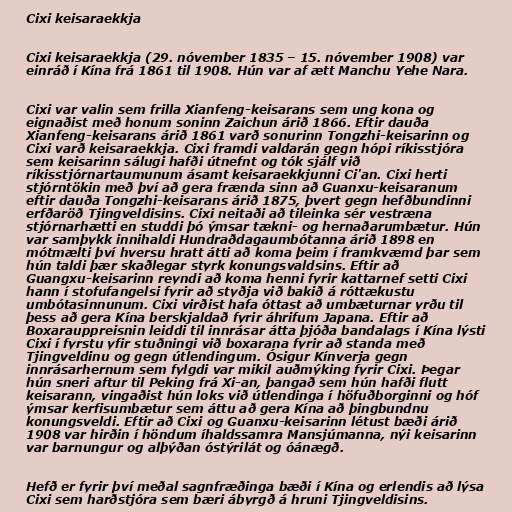
Cixi keisaraekkja

Cixi keisaraekkja (29. nóvember 1835 – 15. nóvember 1908) var
einráð í Kína frá 1861 til 1908. Hún var af ætt Manchu Yehe Nara.

Cixi var valin sem frilla Xianfeng-keisarans sem ung kona og
eignaðist með honum soninn Zaichun árið 1866. Eftir dauða
Xianfeng-keisarans árið 1861 varð sonurinn Tongzhi-keisarinn og
Cixi varð keisaraekkja. Cixi framdi valdarán gegn hópi ríkisstjóra
sem keisarinn sálugi hafði útnefnt og tók sjálf við
ríkisstjórnartaumunum ásamt keisaraekkjunni Ci'an. Cixi herti
stjórntökin með því að gera frænda sinn að Guanxu-keisaranum
eftir dauða Tongzhi-keisarans árið 1875, þvert gegn hefðbundinni
erfðaröð Tjingveldisins. Cixi neitaði að tileinka sér vestræna
stjórnarhætti en studdi þó ýmsar tækni- og hernaðarumbætur. Hún
var samþykk innihaldi Hundraðdagaumbótanna árið 1898 en
mótmælti því hversu hratt átti að koma þeim í framkvæmd þar sem
hún taldi þær skaðlegar styrk konungsvaldsins. Eftir að
Guangxu-keisarinn reyndi að koma henni fyrir kattarnef setti Cixi
hann í stofufangelsi fyrir að styðja við bakið á róttækustu
umbótasinnunum. Cixi virðist hafa óttast að umbæturnar yrðu til
þess að gera Kína berskjaldað fyrir áhrifum Japana. Eftir að
Boxarauppreisnin leiddi til innrásar átta þjóða bandalags í Kína lýsti
Cixi í fyrstu yfir stuðningi við boxarana fyrir að standa með
Tjingveldinu og gegn útlendingum. Ósigur Kínverja gegn
innrásarhernum sem fylgdi var mikil auðmýking fyrir Cixi. Þegar
hún sneri aftur til Peking frá Xi-an, þangað sem hún hafði flutt
keisarann, vingaðist hún loks við útlendinga í höfuðborginni og hóf
ýmsar kerfisumbætur sem áttu að gera Kína að þingbundnu
konungsveldi. Eftir að Cixi og Guanxu-keisarinn létust bæði árið
1908 var hirðin í höndum íhaldssamra Mansjúmanna, nýi keisarinn
var barnungur og alþýðan óstýrilát og óánægð.

Hefð er fyrir því meðal sagnfræðinga bæði í Kína og erlendis að lýsa
Cixi sem harðstjóra sem bæri ábyrgð á hruni Tjingveldisins.